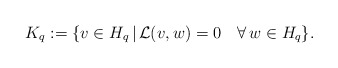
\begin{align*}K_q:=\{v\in H_q\,|\, \mathcal{L}(v,w)=0\quad\forall\, w\in H_q\}.\end{align*}